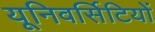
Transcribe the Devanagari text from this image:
यूनिवर्सिटियों